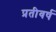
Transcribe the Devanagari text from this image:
प्रतीवर्ष